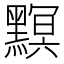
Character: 𪒄